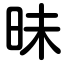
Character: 昧